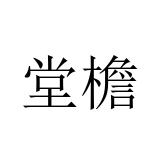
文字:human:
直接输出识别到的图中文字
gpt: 堂檐